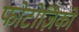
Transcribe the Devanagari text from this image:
फोटोज़िंको